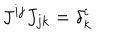
J ^ { i j } J _ { j k } = \delta _ { k } ^ { i }